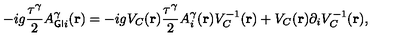
- i g \frac { \tau ^ { \gamma } } { 2 } A _ { { \sf G I } i } ^ { \gamma } ( { \bf { r } } ) = - i g V _ { C } ( { \bf { r } } ) \frac { \tau ^ { \gamma } } { 2 } A _ { i } ^ { \gamma } ( { \bf { r } } ) V _ { C } ^ { - 1 } ( { \bf { r } } ) + V _ { C } ( { \bf { r } } ) { \partial } _ { i } V _ { C } ^ { - 1 } ( { \bf { r } } ) ,